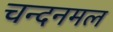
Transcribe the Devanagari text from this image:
चन्दनमल